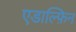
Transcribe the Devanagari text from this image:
एडाल्फ़िन